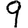
Digit: 9